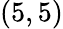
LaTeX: (5,5)